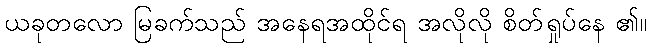
ယခုတလော မြခက်သည် အနေရအထိုင်ရ အလိုလို စိတ်ရှုပ်နေ ၏။